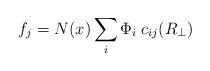
LaTeX: \begin{align*}f_j= N(x)\sum_i \Phi_i \;c_{ij}(R_\perp)\end{align*}